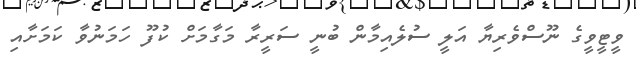
ވީޓީވީގެ ނޫސްވެރިޔާ އަލީ ސުލެއިމާން ބުނީ ސަރީރާ މަގާމަށް ކުފޫ ހަމަނުވާ ކަމަށާއި